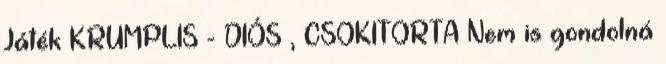
Játék KRUMPLIS - DIÓS , CSOKITORTA Nem is gondolná